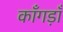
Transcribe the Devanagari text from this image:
काँगड़ाँ